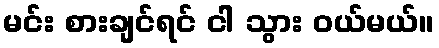
မင်း စားချင်ရင် ငါ သွား ဝယ်မယ်။